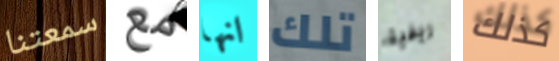
سمعتنا مع انها تلك ريفية كذلك